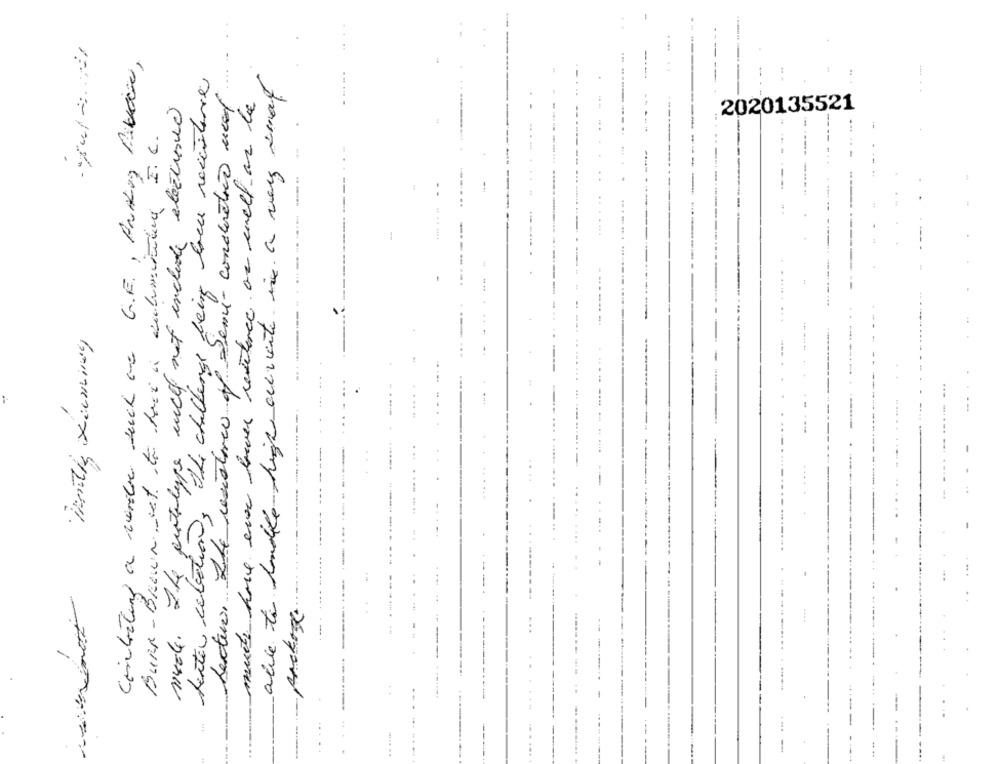
Contratund a nombre such ou G.E. , AndLog Antica,
.. FFFF
alle to handle high ouverte in a very smal
Seite selection, the challenge being bei recisteve
Lectura. 24 mesistereo of Demi- conductivo net.
must have ever haver residence as well as be
14. Ike pustilyge will not include electronic
2020135521
...
Burk- Brown het. to face a submitting I.C.
---.
1
.---.
Mentiz Xaminey
......
---. .....
1
....
Arckose
-- -
....
..
... .